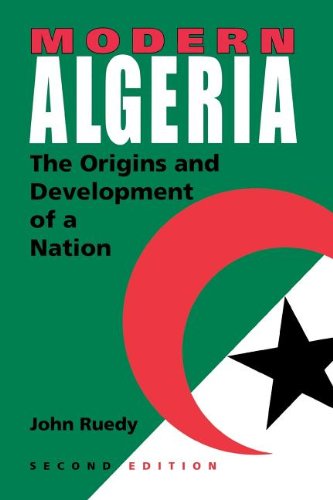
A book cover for Modern Algeria, Second Edition: The Origins and Development of a Nation; John Ruedy; History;